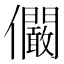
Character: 𠑨